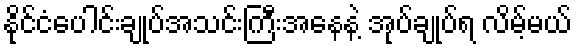
နိုင်ငံပေါင်းချုပ်အသင်းကြီးအနေနဲ့ အုပ်ချုပ်ရ လိမ့်မယ်